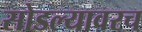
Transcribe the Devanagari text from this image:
सोडल्यावरच